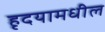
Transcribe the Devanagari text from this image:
हृदयामधील